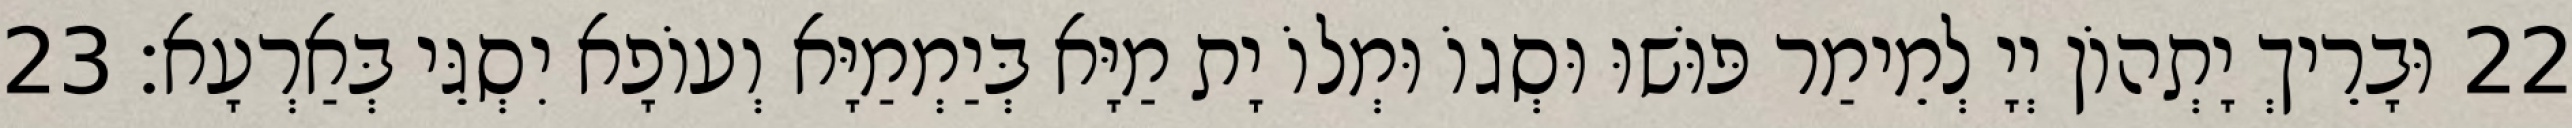
22 וּבָרֵיךְ יָתְהוֹן יְיָ לְמֵימַר פּוּשׁוּ וּסְגוֹ וּמְלוֹ יָת מַיָּא בְּיַמְמַיָּא וְעוֹפָא יִסְגֵּי בְּאַרְעָא׃ 23